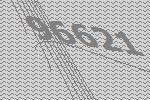
96621